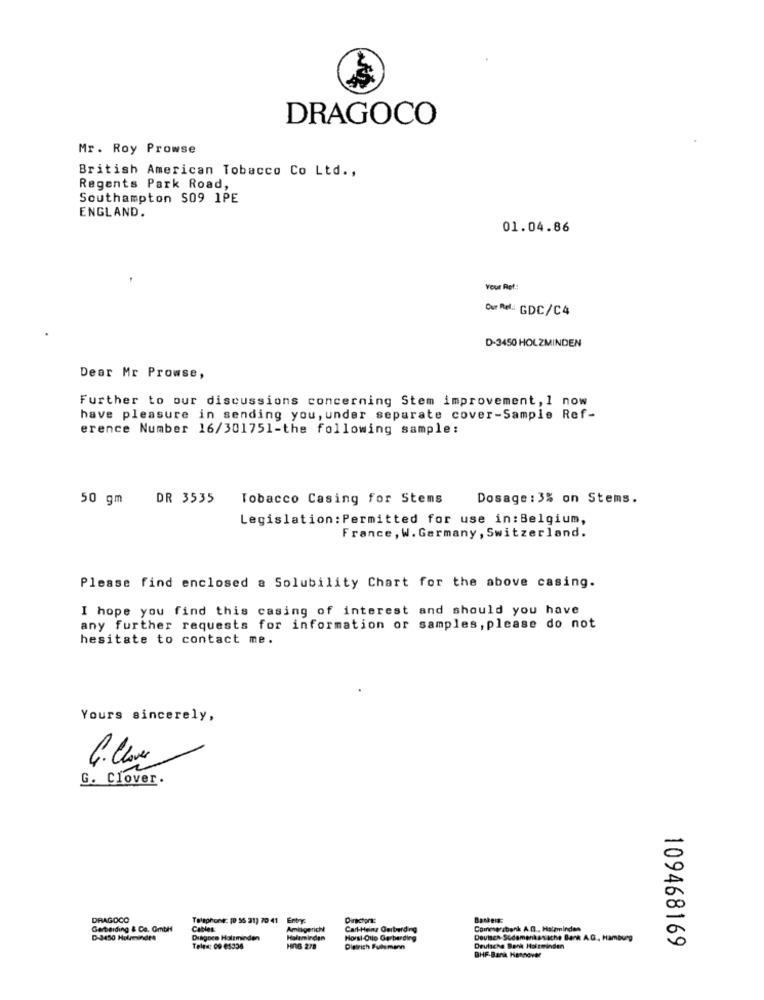
DRAGOCO
Mr. Roy Prowse
British American Tobacco Co Ltd .,
Regents Park Road,
Southampton S09 1PE
ENGLAND.
01.04.86
Your Ref .:
Cur Rel: GDC/C4
D-3450 HOLZMINDEN
Dear Mr Prowse,
Further to our discussions concerning Stem improvement, 1 now
have pleasure in sending you, under separate cover-Sample Ref-
erence Number 16/301751-the following sample:
50 gm
DR 3535
Tobacco Casing for Stems
Dosage: 3% on Stems.
Legislation : Permitted for use in: Belgium,
France, W. Germany , Switzerland.
Please find enclosed a Solubility Chart for the above casing.
I hope you find this casing of interest and should you have
any further requests for information or samples, please do not
hesitate to contact me.
Yours sincerely,
G. Clover.
DRAGOCO
Telephone: [0 56 31) 70 41 Entrya
Director:
Bankers:
Gerberding & Co. Gmbh
Cables
Amikgericht
Cart-Heinz Ourberding
Commerzbank A.D ., Halpminden
D-3450 Holmmindes
Dingoce Holzminden
Haleminden
Horst Otto Gerberding
Devisen Sudamenkas ache Bank A.G ., Hamburg
109468169
Teles: 09 85336
HAB 278
Dietrich Puts mann
Deutsche Bank Holzminden
BHF-Banik Hannover